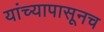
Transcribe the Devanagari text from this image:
यांच्यापासूनच